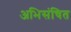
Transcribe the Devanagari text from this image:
अभिसंचित